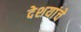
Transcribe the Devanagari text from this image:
देशयांचे